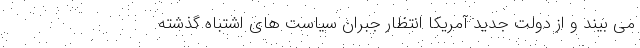
می بیند و از دولت جدید آمریکا انتظار جبران سیاست های اشتباه گذشته